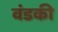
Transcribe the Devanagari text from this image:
वंडकी